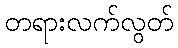
တရားလက်လွတ်